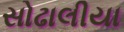
સોઢાલીયા